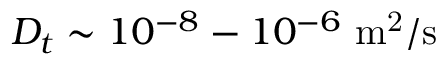
D _ { t } \sim 1 0 ^ { - 8 } - 1 0 ^ { - 6 } ~ \mathrm { m ^ { 2 } / s }